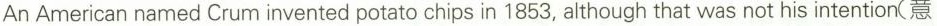
An American named Crum invented potato chips in 1853, although that was not his intention(意